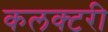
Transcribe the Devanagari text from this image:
कलक्‍टरी